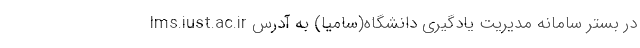
در بستر سامانه مدیریت یادگیری دانشگاه(سامیا) به آدرس lms.iust.ac.ir